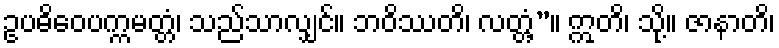
ဥပဓိဝေပက္ကမတ္တံ၊ သည်သာလျှင်။ ဘဝိဿတိ၊ လတ္တံ့”။ ဣတိ၊ သို့။ ဇာနာတိ၊